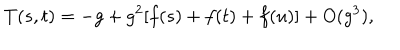
T ( s , t ) = - g + g ^ { 2 } [ f ( s ) + f ( t ) + f ( u ) ] + O ( g ^ { 3 } ) ,